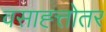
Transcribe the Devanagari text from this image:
वसाह्त्तोतर